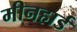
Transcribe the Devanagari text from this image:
मीनहार्ड